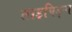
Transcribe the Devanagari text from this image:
ताइपिङ्ग